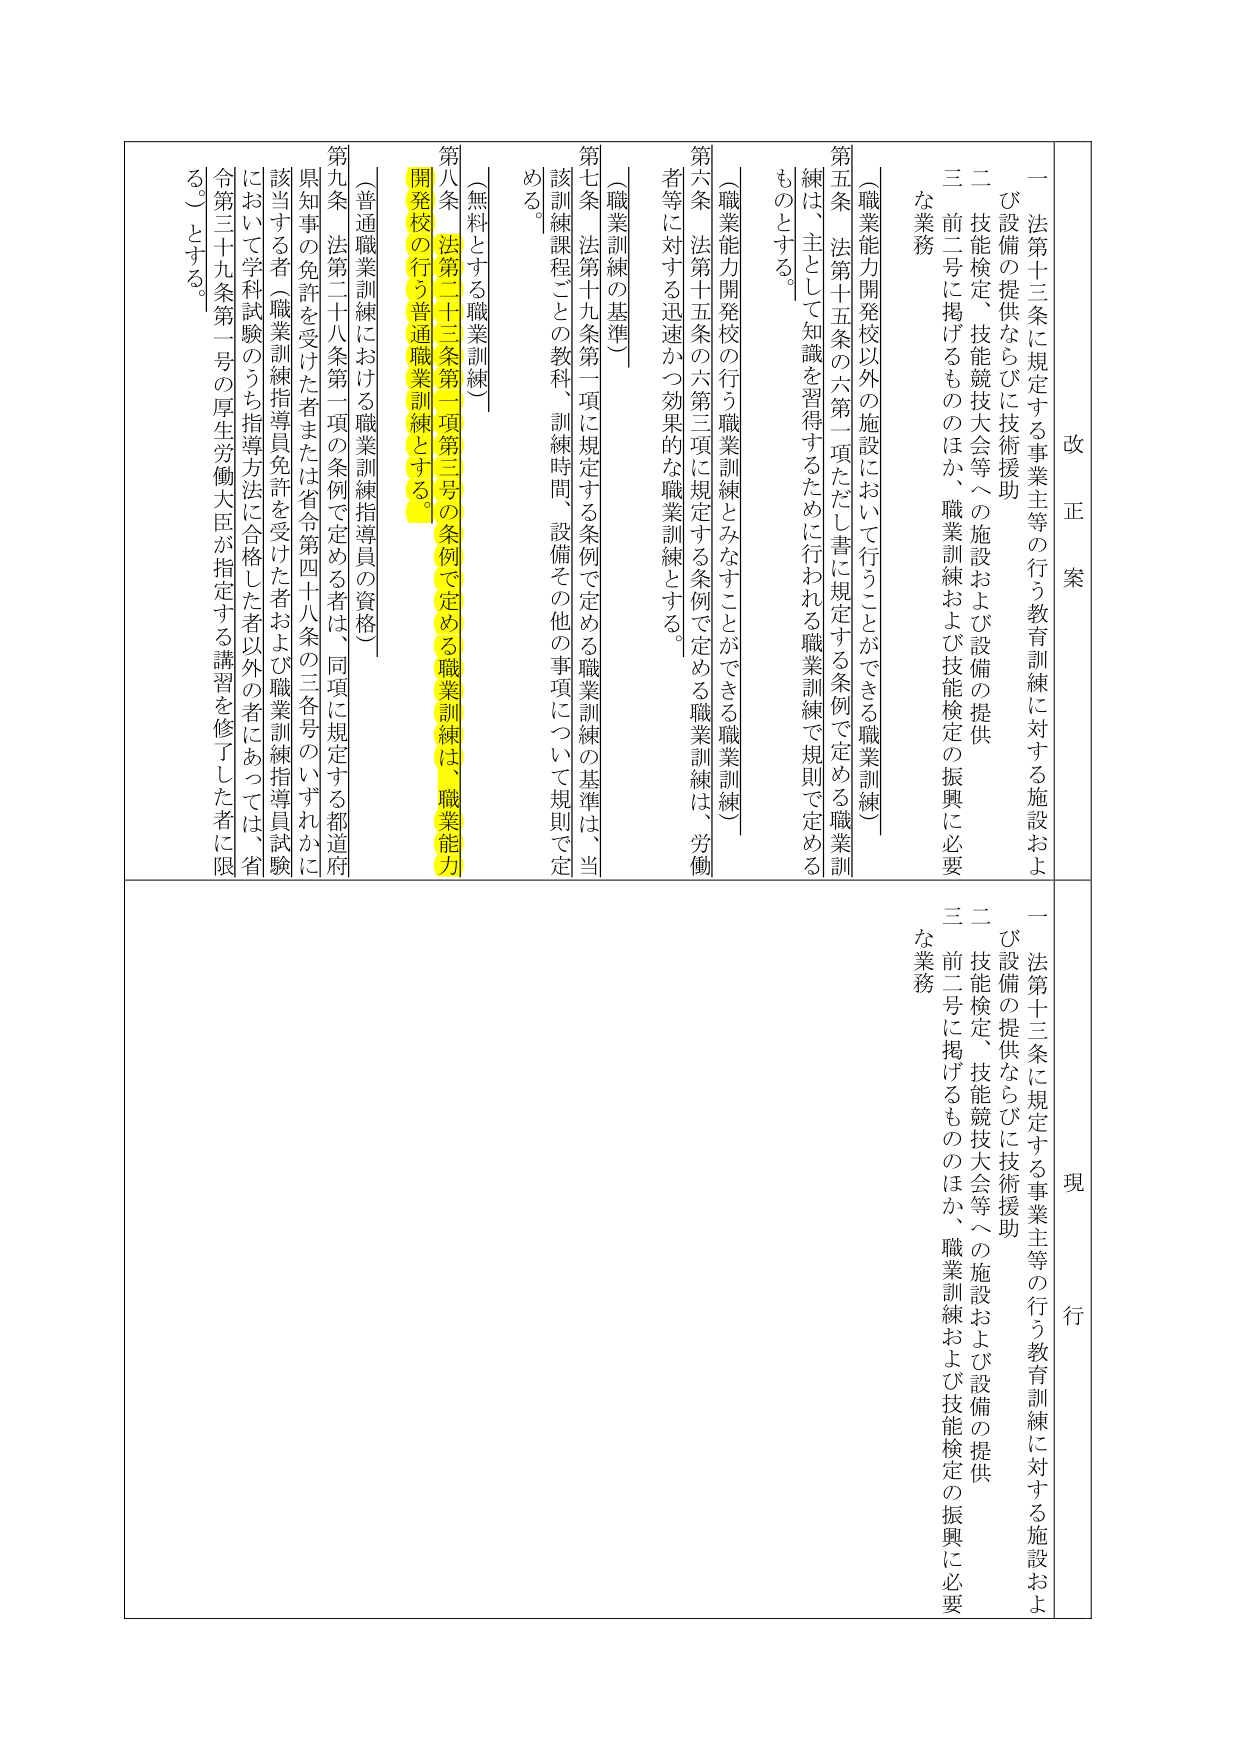
改正案
一 法第十三条に規定する事業主等の行う教育訓練に対する施設および設備の提供ならびに技術援助
二 技能検定、技能競技大会等への施設および設備の提供
三 前二号に掲げるもののほか、職業訓練および技能検定の振興に必要な業務
（職業能力開発校以外の施設において行うことができる職業訓練）
第五条 法第十五条の六第一項ただし書に規定する条例で定める職業訓練は、主として知識を習得するために行われる職業訓練で規則で定めるものとする。
（職業能力開発校の行う職業訓練とみなすことができる職業訓練）
第六条 法第十五条の六第三項に規定する条例で定める職業訓練は、労働者等に対する迅速かつ効果的な職業訓練とする。
（職業訓練の基準）
第七条 法第十九条第一項に規定する条例で定める職業訓練の基準は、当該訓練課程ごとの教科、訓練時間、設備その他の事項について規則で定める。
（無料とする職業訓練）
第八条 法第二十三条第一項第三号の条例で定める職業訓練は、職業能力開発校の行う普通職業訓練とする。
（普通職業訓練における職業訓練指導員の資格）
第九条 法第二十八条第一項の条例で定める者は、同項に規定する都道府県知事の免許を受けた者または省令第四十八条の三各号のいずれかに該当する者（職業訓練指導員免許を受けた者および職業訓練指導員試験において学科試験のうち指導方法に合格した者以外の者については、省令第三十九条第一号の厚生労働大臣が指定する講習を修了した者に限る。）とする。

現行
一 法第十三条に規定する事業主等の行う教育訓練に対する施設および設備の提供ならびに技術援助
二 技能検定、技能競技大会等への施設および設備の提供
三 前二号に掲げるもののほか、職業訓練および技能検定の振興に必要な業務